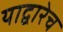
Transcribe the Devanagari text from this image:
याद्वारेच